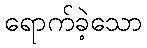
ရောက်ခဲ့သော